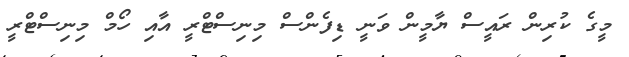
މީގެ ކުރިން ރައީސް ޔާމީން ވަނީ ޑިފެންސް މިނިސްޓްރީ އާއި ހޯމް މިނިސްޓްރީ